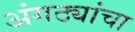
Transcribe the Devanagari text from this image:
अंगठ्यांचा